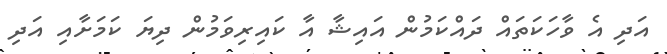
އަދި އެ ވާހަކަތައް ދައްކަމުން އައިޝާ އާ ކައިރިވަމުން ދިޔަ ކަމަށާއި އަދި